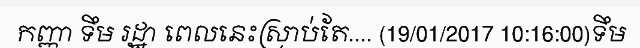
កញ្ញា ទឹម រដ្ឋា ពេលនេះស្រាប់តែ.... (19/01/2017 10:16:00)ទឹម